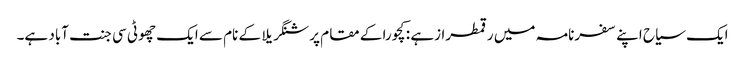
ایک سیاح اپنے سفرنامہ میں رقمطرازہے : کچورا کے مقام پر شنگریلا کے نام سے ایک چھوٹی سی جنت آباد ہے۔